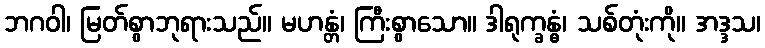
ဘဂဝါ၊ မြတ်စွာဘုရားသည်။ မဟန္တံ၊ ကြီးစွာသော။ ဒါရုက္ခန္ဓံ၊ သစ်တုံးကို။ အဒ္ဒသ၊